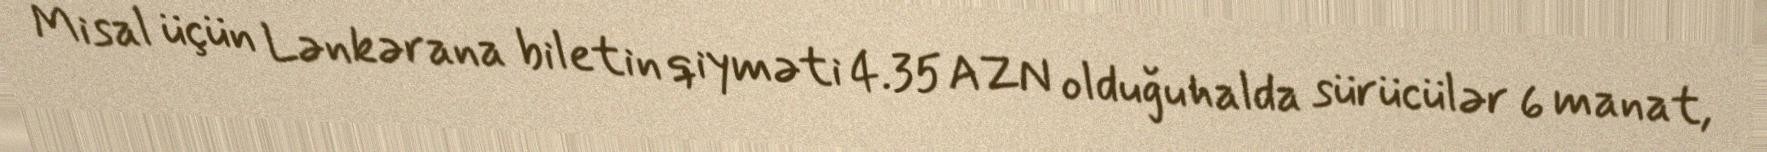
Misal üçün Lənkərana biletin qiyməti 4.35 AZN olduğu halda sürücülər 6 manat,